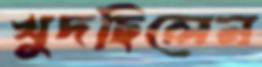
খুদছিলেন